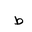
Letter: _da